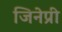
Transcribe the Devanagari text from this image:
जिनेप्री